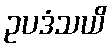
ဥပဒံသယိ